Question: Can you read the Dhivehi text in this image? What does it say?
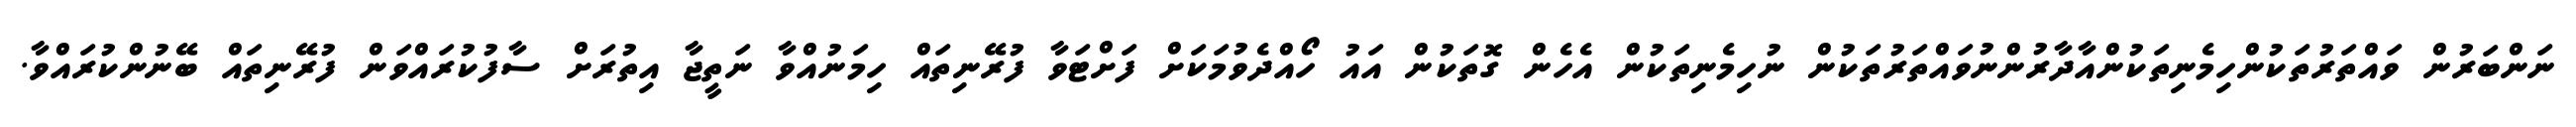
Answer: ނަންބަރުން ވައްތަރުތަކުންހިމެނިތަކުންއާދާރުންނުވައްތަރުތަކުން ނުހިމެނިތަކުން އެހެން ގޮތަކުން އައު ހޯއްދެވުމަކަށް ފަށްޓަވާ ފުރޭނިތައް ހިމަނުއްވާ ނަތީޖާ އިތުރަށް ސާފުކުރައްވަން ފުރޭނިތައް ބޭނުންކުރައްވާ.